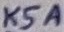
Text: K5A